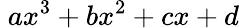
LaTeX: \; ax^{3}+bx^{2}+cx+d